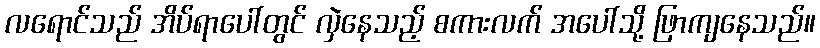
လရောင်သည် အိပ်ရာပေါ်တွင် လှဲနေသည့် စကားလက် အပေါ်သို့ ဖြာကျနေသည်။